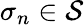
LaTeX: \sigma_{n}\in\mathcal{S}